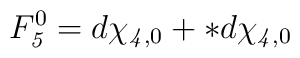
F_{\it5}^0=d\chi_{{\it4},0}+*d\chi_{{\it4},0}